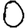
Digit: 0